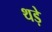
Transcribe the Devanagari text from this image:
थड़े